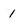
Character: 1